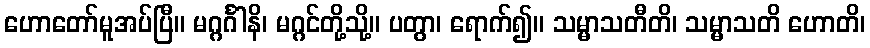
ဟောတော်မူအပ်ပြီ။ မဂ္ဂင်္ဂါနိ၊ မဂ္ဂင်တို့သို့။ ပတွာ၊ ရောက်၍။ သမ္မာသတီတိ၊ သမ္မာသတိ ဟောတိ၊